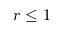
r \leq 1